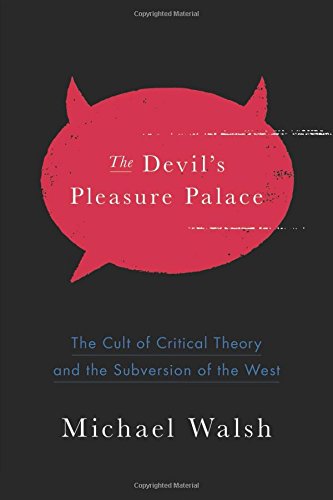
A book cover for The Devil's Pleasure Palace: The Cult of Critical Theory and the Subversion of the West; Michael Walsh; Humor & Entertainment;